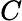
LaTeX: C